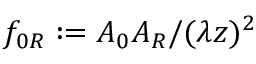
f _ { 0 R } : = A _ { 0 } A _ { R } / ( \lambda z ) ^ { 2 }